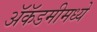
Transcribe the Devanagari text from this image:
अॅकॅडमीमध्ये